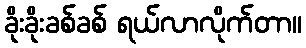
ခိုးခိုးခစ်ခစ် ရယ်လာလိုက်တာ။